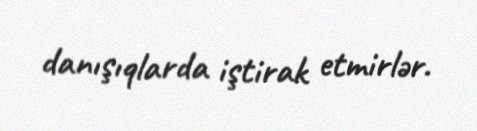
danışıqlarda iştirak etmirlər.